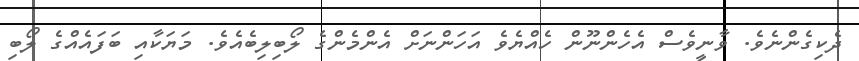
ދެކިގެންނެވެ. ވާނީވެސް އެހެންނޫން ހެއްޔެވެ އަހަންނަށް އެންމެންގެ ލޯބިލިބެއެވެ. މަޔަކާއި ބަފައެއްގެ ލޯބި